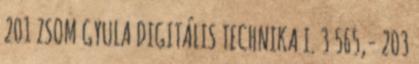
201 ZSOM GYULA DIGITÁLIS TECHNIKA I. 3 565,- 203